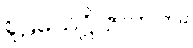
စူဠသေဋ္ဌိ ဇာတက။